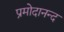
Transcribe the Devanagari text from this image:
प्रमोदानन्द